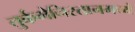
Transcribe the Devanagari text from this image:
तुर्कमेनिस्तानमध्ये